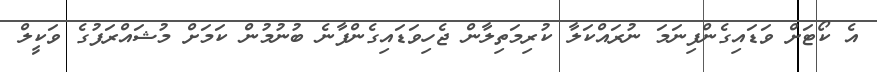
އެ ކޯޓަށް ވަޑައިގެންފިނަމަ ނުރައްކަލާ ކުރިމަތިލާން ޖެހިވަޑައިގެންފާނެ ބުނުމުން ކަމަށް މުޝައްރަފުގެ ވަކީލް